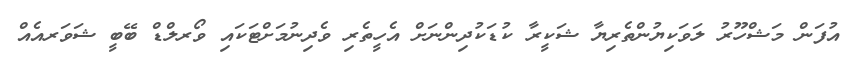
އުފަން މަޝްހޫރު ލަވަކިޔުންތެރިޔާ ޝަކީރާ ކުޑަކުދިންނަށް އެހީތެރި ވެދިނުމަށްޓަކައި ވޯރލްޑް ބޭބީ ޝަވަރއެއް